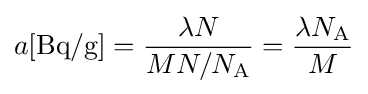
a[{\text{Bq/g}}]={\frac {\lambda N}{MN/N_{\text{A}}}}={\frac {\lambda N_{\text{A}}}{M}}